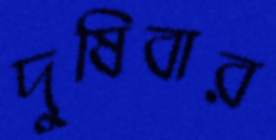
দুষিবার